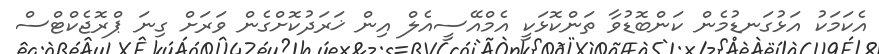
އެކަމަކު އަޅުގަނޑުމެން ކަންބޮޑުވާ ތަންކޮޅަކީ އެމްއޭސީއެލް އިން ޚަރަދުކޮށްގެން ވަރަށް ގިނަ ޕްރޮޖެކްޓްސް